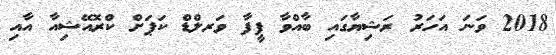
2018 ވަނަ އަހަރު ރަޝިޔާގައި ބާއްވާ ފީފާ ވަރލްޑް ކަޕަށް ކްރޮއޭޝިއާ އާއި